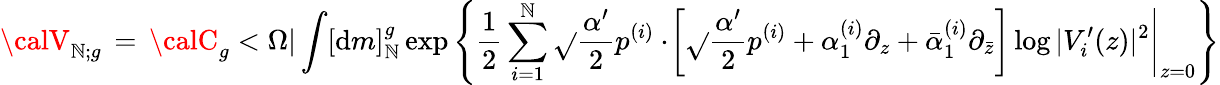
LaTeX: {\calV}_{\mathbb{N};g}\, =\, {\calC}_{g}<\Omega|\int[{\mathrm{{d}}}m]_{\mathbb{N}}^{g}\exp\left\{ \frac{{1}}{{2}}\sum_{i=1}^{\mathbb{N}}\sqrt{}{{\frac{{\alpha^{\prime}}}{{2}}}}p^{(i)}\cdot\left.\! \left[\sqrt{}{{\frac{{\alpha^{\prime}}}{{2}}}}p^{(i)}+{\alpha}_{1}^{(i)}\partial_{z}+\bar{{\alpha}}_{1}^{(i)}\partial_{\bar{{z}}}\right]\log|V_{i}^{\prime}(z)|^{2}\right|_{z=0}\right\}